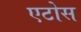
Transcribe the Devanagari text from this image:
एटोस